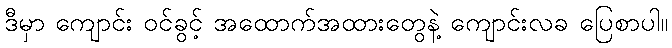
ဒီမှာ ကျောင်း ဝင်ခွင့် အထောက်အထားတွေနဲ့ ကျောင်းလခ ပြေစာပါ။